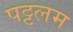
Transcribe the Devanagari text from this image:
पट्टलम